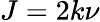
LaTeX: J=2k\nu